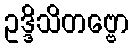
ဥဒ္ဒိသိတဗ္ဗော